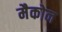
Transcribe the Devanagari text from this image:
मैकोन